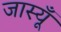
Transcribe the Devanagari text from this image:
जास्यूँ